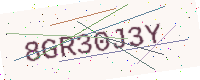
Text: 8GR30J3Y